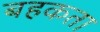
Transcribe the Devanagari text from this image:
बहकता